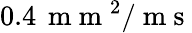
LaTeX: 0.4\, \mathrm{~m~m~}^{2}/\mathrm{~m~s~}